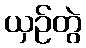
ယှဉ်တွဲ